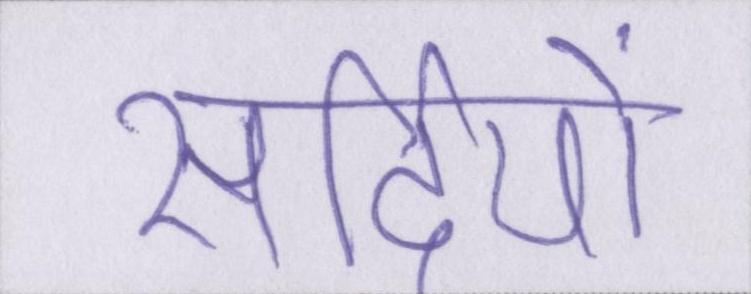
सर्दियों